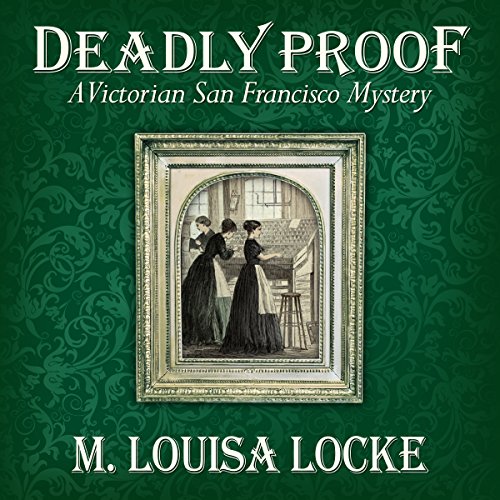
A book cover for Deadly Proof: A Victorian San Francisco Mystery, Book 4; M. Louisa Locke; Mystery, Thriller & Suspense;